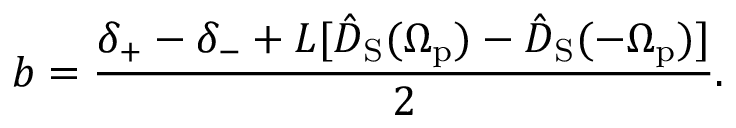
b = \frac { \delta _ { + } - \delta _ { - } + L [ \hat { D } _ { \mathrm { S } } ( \Omega _ { \mathrm { p } } ) - \hat { D } _ { \mathrm { S } } ( - \Omega _ { \mathrm { p } } ) ] } { 2 } .